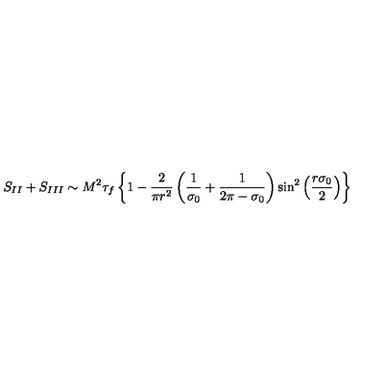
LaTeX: S _ { I I } + S _ { I I I } \sim M ^ { 2 } \tau _ { f } \left\{ 1 - \frac { 2 } { \pi r ^ { 2 } } \left( \frac { 1 } { \sigma _ { 0 } } + \frac { 1 } { 2 \pi - \sigma _ { 0 } } \right) { \sin } ^ { 2 } \left( \frac { r \sigma _ { 0 } } { 2 } \right) \right\}